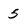
Character: 5